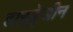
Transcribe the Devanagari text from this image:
हाइड्रेजीन